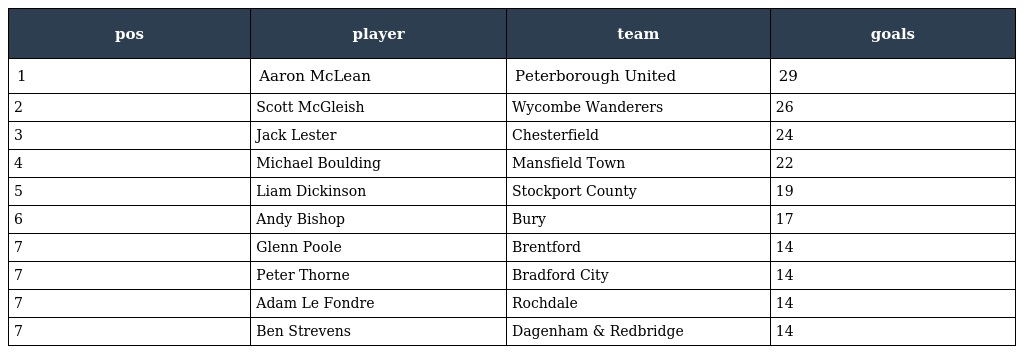
| pos | player | team | goals |
 | --- | --- | --- | --- |
 | 1 | Aaron McLean | Peterborough United | 29 |
 | 2 | Scott McGleish | Wycombe Wanderers | 26 |
 | 3 | Jack Lester | Chesterfield | 24 |
 | 4 | Michael Boulding | Mansfield Town | 22 |
 | 5 | Liam Dickinson | Stockport County | 19 |
 | 6 | Andy Bishop | Bury | 17 |
 | 7 | Glenn Poole | Brentford | 14 |
 | 7 | Peter Thorne | Bradford City | 14 |
 | 7 | Adam Le Fondre | Rochdale | 14 |
 | 7 | Ben Strevens | Dagenham & Redbridge | 14 |